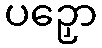
ပဉှော